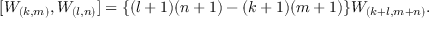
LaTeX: [ W _ { ( k , m ) } , W _ { ( l , n ) } ] = \{ ( l + 1 ) ( n + 1 ) - ( k + 1 ) ( m + 1 ) \} W _ { ( k + l , m + n ) } .